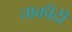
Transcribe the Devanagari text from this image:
ताकीदी